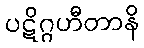
ပဋိဂ္ဂဟီတာနိ